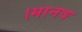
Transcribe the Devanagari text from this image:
।मानव